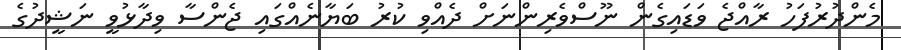
މެންދުރުފަހު ރާއްޖެ ވަޑައިގެން ނޫސްވެރިންނަށް ދެއްވި ކުރު ބަޔާނެއްގައި ޖެންސާ ވިދާޅުވީ ނަޝީދުގެ